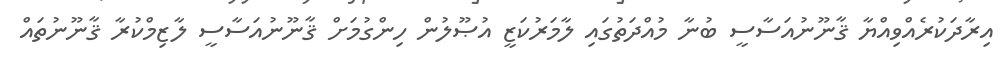
އިރާދަކުރެއްވިއްޔާ ޤާނޫނުއަސާސީ ބުނާ މުއްދަތުގައި ލާމަރުކަޒީ އުޞޫލުން ހިންގުމަށް ޤާނޫނުއަސާސީ ލާޒިމްކުރާ ޤާނޫނުތައް